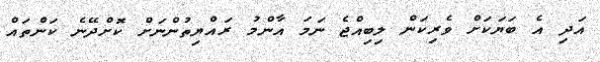
އަދި އެ ބަޔަކަށް ވެރިކަން ލިބިއްޖެ ނަމަ އާންމު ރައްޔިތުންނަށް ކޮށްދޭނެ ކަންތައް